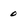
Character: 0